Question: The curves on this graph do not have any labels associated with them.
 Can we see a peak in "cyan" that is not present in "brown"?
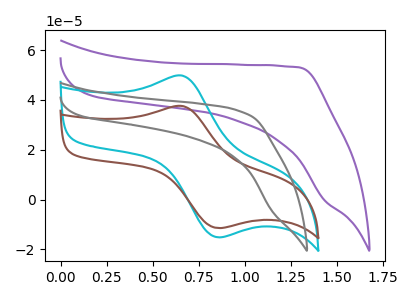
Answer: <think>The purple curve "purple" has no peaks. The cyan curve "cyan" has an anodic peak at (0.65V, 49.75uA) and a cathodic peak at (0.85V, -15.10uA). The brown curve "brown" has an anodic peak at (0.65V, 37.55uA) and a cathodic peak at (0.85V, -11.40uA). The gray curve "gray" has no peaks.
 All the peaks in "cyan" have a peak in "brown" at the same potential. Every peak in "cyan" is higher than every peak in "brown".</think>
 <answer>No, "cyan" and "brown" don't appear to be significantly different in shape</answer>
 <eval>no_change</eval>